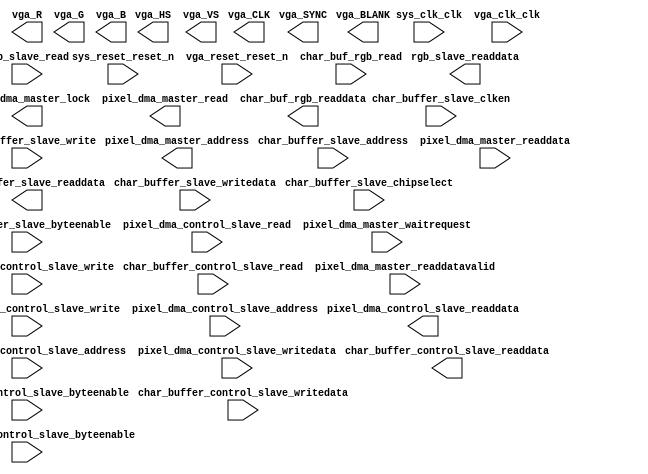

module VGA_Subsystem (
	char_buffer_control_slave_address,
	char_buffer_control_slave_byteenable,
	char_buffer_control_slave_read,
	char_buffer_control_slave_write,
	char_buffer_control_slave_writedata,
	char_buffer_control_slave_readdata,
	char_buffer_slave_address,
	char_buffer_slave_clken,
	char_buffer_slave_chipselect,
	char_buffer_slave_write,
	char_buffer_slave_readdata,
	char_buffer_slave_writedata,
	char_buffer_slave_byteenable,
	pixel_dma_control_slave_address,
	pixel_dma_control_slave_byteenable,
	pixel_dma_control_slave_read,
	pixel_dma_control_slave_write,
	pixel_dma_control_slave_writedata,
	pixel_dma_control_slave_readdata,
	pixel_dma_master_address,
	pixel_dma_master_waitrequest,
	pixel_dma_master_lock,
	pixel_dma_master_read,
	pixel_dma_master_readdata,
	pixel_dma_master_readdatavalid,
	rgb_slave_read,
	rgb_slave_readdata,
	sys_clk_clk,
	sys_reset_reset_n,
	vga_CLK,
	vga_HS,
	vga_VS,
	vga_BLANK,
	vga_SYNC,
	vga_R,
	vga_G,
	vga_B,
	vga_clk_clk,
	vga_reset_reset_n,
	char_buf_rgb_read,
	char_buf_rgb_readdata);	

	input	[1:0]	char_buffer_control_slave_address;
	input	[3:0]	char_buffer_control_slave_byteenable;
	input		char_buffer_control_slave_read;
	input		char_buffer_control_slave_write;
	input	[31:0]	char_buffer_control_slave_writedata;
	output	[31:0]	char_buffer_control_slave_readdata;
	input	[10:0]	char_buffer_slave_address;
	input		char_buffer_slave_clken;
	input		char_buffer_slave_chipselect;
	input		char_buffer_slave_write;
	output	[31:0]	char_buffer_slave_readdata;
	input	[31:0]	char_buffer_slave_writedata;
	input	[3:0]	char_buffer_slave_byteenable;
	input	[1:0]	pixel_dma_control_slave_address;
	input	[3:0]	pixel_dma_control_slave_byteenable;
	input		pixel_dma_control_slave_read;
	input		pixel_dma_control_slave_write;
	input	[31:0]	pixel_dma_control_slave_writedata;
	output	[31:0]	pixel_dma_control_slave_readdata;
	output	[31:0]	pixel_dma_master_address;
	input		pixel_dma_master_waitrequest;
	output		pixel_dma_master_lock;
	output		pixel_dma_master_read;
	input	[15:0]	pixel_dma_master_readdata;
	input		pixel_dma_master_readdatavalid;
	input		rgb_slave_read;
	output	[31:0]	rgb_slave_readdata;
	input		sys_clk_clk;
	input		sys_reset_reset_n;
	output		vga_CLK;
	output		vga_HS;
	output		vga_VS;
	output		vga_BLANK;
	output		vga_SYNC;
	output	[3:0]	vga_R;
	output	[3:0]	vga_G;
	output	[3:0]	vga_B;
	input		vga_clk_clk;
	input		vga_reset_reset_n;
	input		char_buf_rgb_read;
	output	[31:0]	char_buf_rgb_readdata;
endmodule